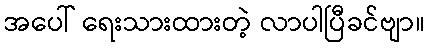
အပေါ် ရေးသားထားတဲ့ လာပါပြီခင်ဗျာ။